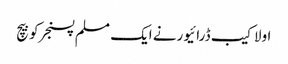
اولاکیب ڈرائیورنے ایک مسلم پسنجرکوبیچ